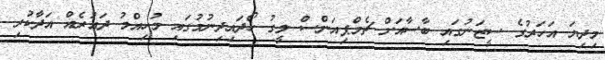
މިދިޔަ އަހަރުގެ ސީޒަނުގައި ބާސާއަށް ޗެމްޕިއަންސް ލީގު ހޯދައިދިނުމުގައި މުހިއްމު ދައުރެއް އަދާކުރި